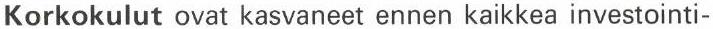
Korkokulut ovat kasvaneet ennen kaikkea investointi-